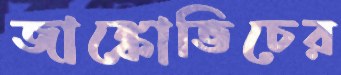
জাঙ্কোভিচের